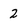
Character: 2